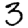
Digit: 3